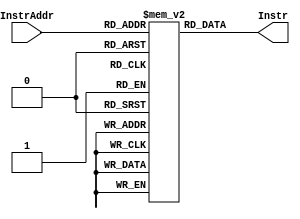
module InstrMem(InstrAddr, Instr);

input [9:0] InstrAddr;	// The address of the instruction to be fetched
output [31:0] Instr;	// The instruction

reg [31:0] Memory [1023:0];

assign Instr = Memory[InstrAddr];

endmodule